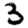
Digit: 3